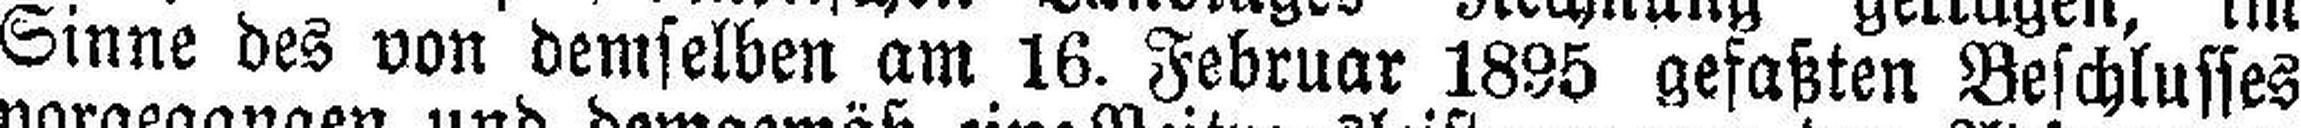
Sinne des von demselben am 16. Februar 1895 gefaßten Beschlusses